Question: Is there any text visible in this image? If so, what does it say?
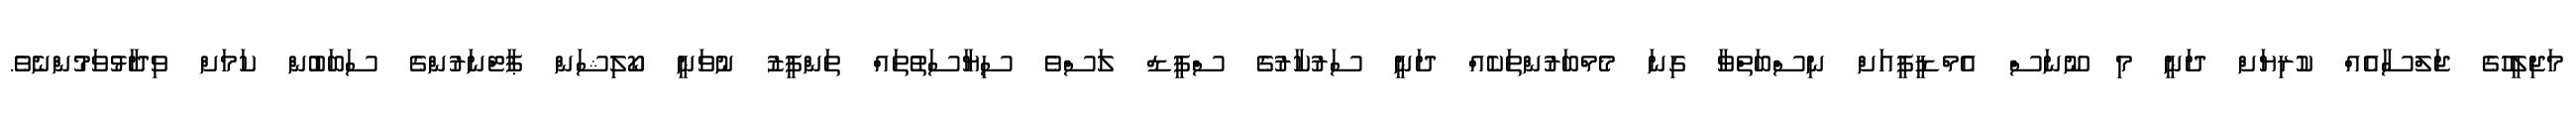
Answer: މަޖިލީހުގެ ޖަލްސާއެއް ކުރިޔަށް ދަނީ މި ނޫނަސް އެމްޑީޕީއަށް ނިސްބަތްވާ ގިނަ މެމްބަރުންތަކެއް ދަނީ ސަރުކާރުގެ ސްޕީޑް ލަސްވެ ސިޔާސަތުތައް ތަންފީޒު ނުވަނީ ކޯލިޝަން ޕާޓްނަރުންގެ ސަބަބުން ކަމަށް ވިދާޅުވަމުންނެވެ.